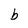
Character: b